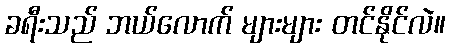
ခရီးသည် ဘယ်လောက် များများ တင်နိုင်လဲ။